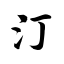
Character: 汀